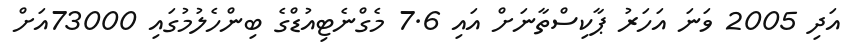
އަދި 2005 ވަނަ އަހަރު ޕާކިސްތާނަށް އައި 7.6 މެގްނެޓިއުޑްގެ ބިންހެލުމުގައި 73000އަށް